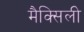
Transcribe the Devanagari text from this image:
मैक्सिली